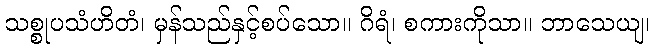
သစ္စုပသံဟိတံ၊ မှန်သည်နှင့်စပ်သော။ ဂိရံ၊ စကားကိုသာ။ ဘာသေယျ၊